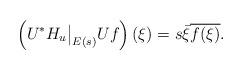
LaTeX: \begin{align*}\left(U^* H_u \big|_{E(s) } U f\right)(\xi) = s \bar\xi \overline {f(\xi)} .\end{align*}